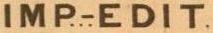
IMP-EDIT.